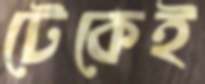
টেকেই